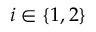
i \in \{ 1 , 2 \}